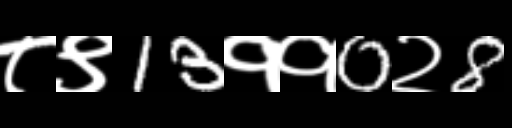
Text: ८९13११0२8